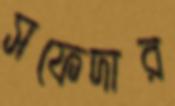
সফেদার